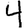
Digit: 4